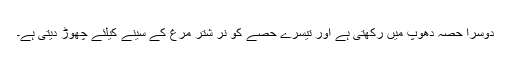
دوسرا حصہ دھوپ میں رکھتی ہے اور تیسرے حصے کو نر شتر مرغ کے سینے کیلئے چھوڑ دیتی ہے۔